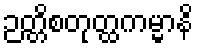
ဉတ္တိစတုတ္ထကမ္မာနိ